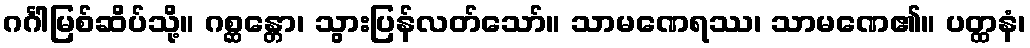
ဂင်္ဂါမြစ်ဆိပ်သို့။ ဂစ္ဆန္တော၊ သွားပြန်လတ်သော်။ သာမဏေရဿ၊ သာမဏေ၏။ ပတ္ထနံ၊